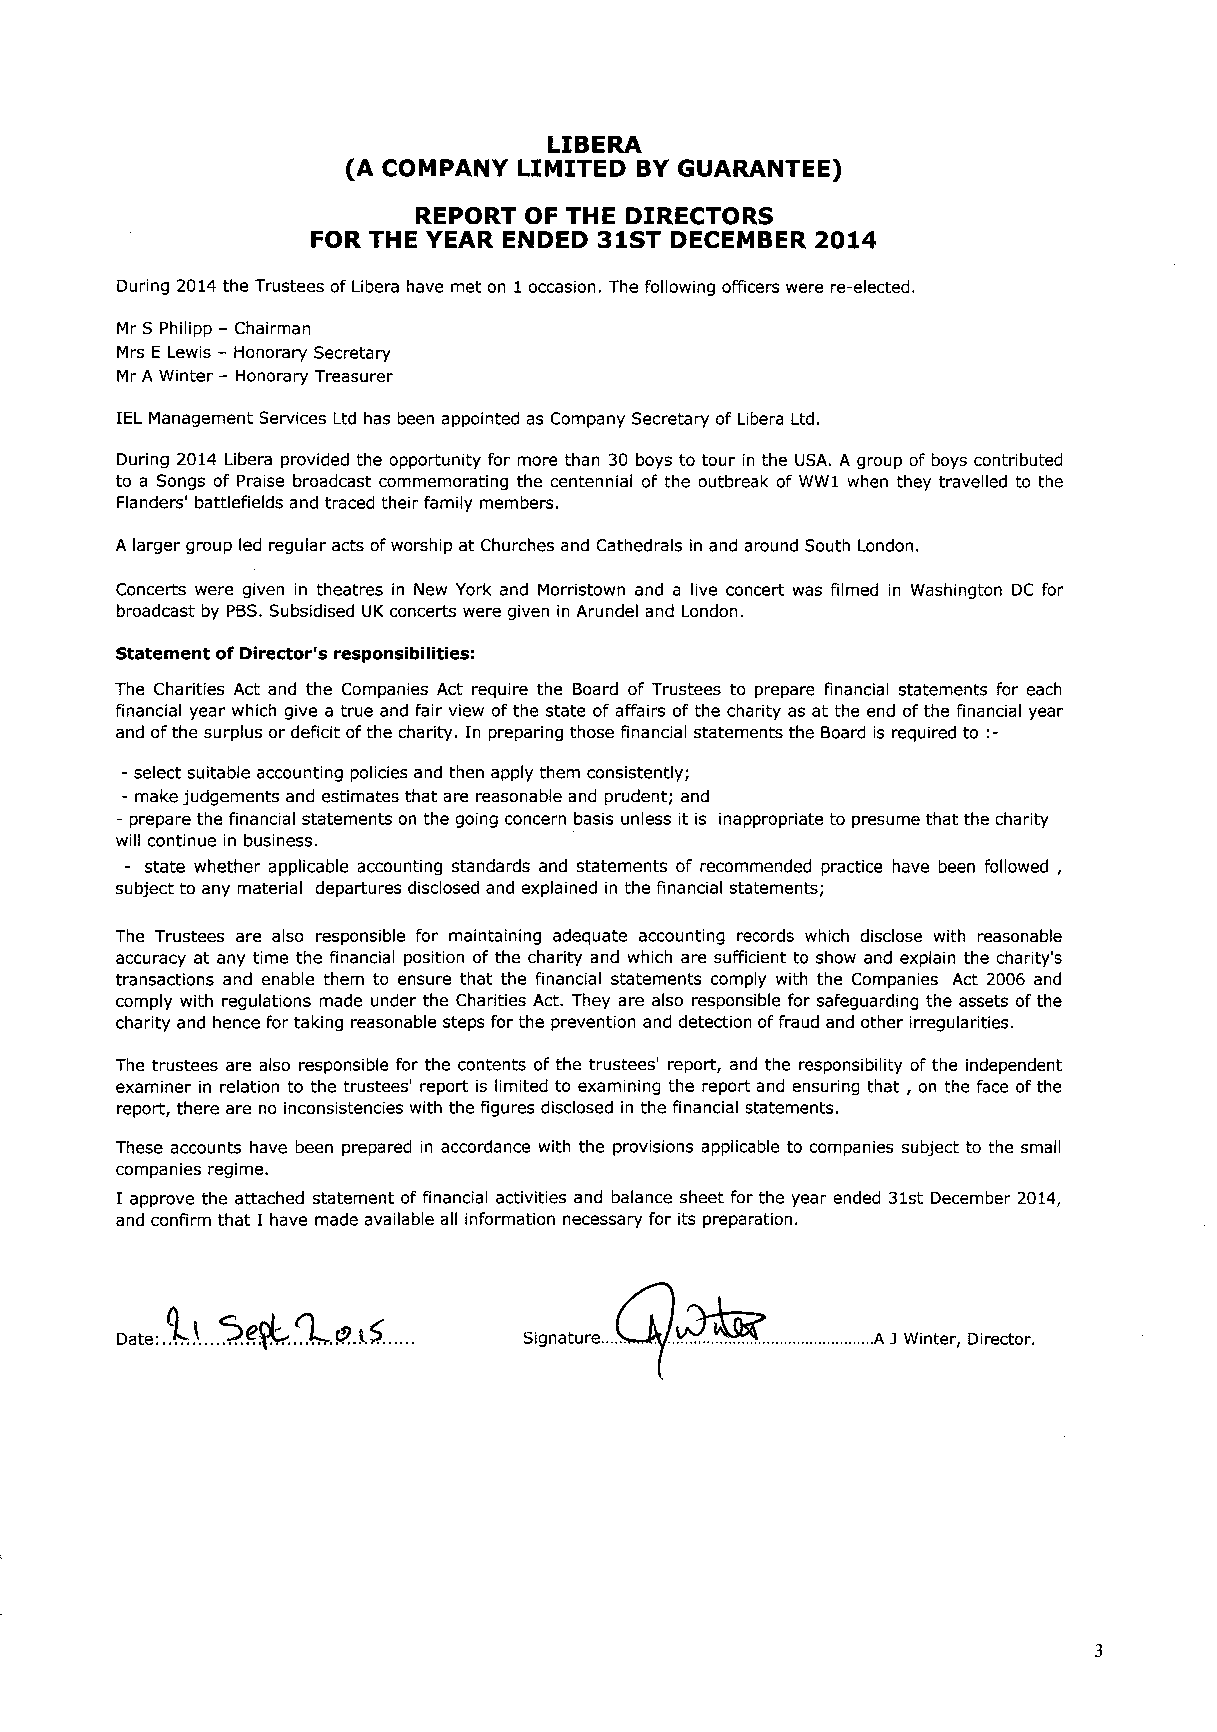
LIBERA
 (A COMPANY LIMITED BYGUARANTEE)
 REPORT OF THE DIRECTORS
 FOR THE YEAR ENDED 31STDECEMBER  2014
 During 2014the Trustees ofLibera have met on 1occasion. The following officers were re-elected.
 Mr S Philipp —Chairman
 Mrs E Lewis —Honorary Secretary
 Mr A Winter —Honorary Treasurer
 IEL Management Services Ltd has been appointed as Company Secretary of Libera Ltd.
 During 2014 Libera provided the opportunity for more than 30 boys to tour in the USA. A group of boys contributed
 to a Songs of Praise broadcast commemorating the centennial of the outbreak of WW1 when they travelled to the
 Flanders' battlefields and traced their family members.
 A larger group led regular acts ofworship at Churches and Cathedrals in and around South London.
 Concerts were given in theatres in New York and Morristown and a live conce* was filmed in Washington DC for
 broadcast by PBS.Subsidised UK concerts were given in Arundel and London.
 Statement of Director's responsibilities:
 The Charities Act and the Companies Act require the Board of Trustees to prepare financial statements for each
 financial year which give a true and fair view ofthe state of affairs of the charity as at the end ofthe financial year
 to:-
 and ofthe surplus or deficit ofthe charity. In preparing those financial statements the Board is required
 —select suitable accounting policies and then apply them consistently;
 - make judgements and estimates that are reasonable and prudent; and
 —prepare the financial statements on the going concern basis unless it is inappropriate to presume that the charity
 will continue in business.
 state whether applicable accounting standards and statements of recommended practice have been followed,
 subject to any material departures disclosed and explained in the financial statements;
 The Trustees are also responsible for maintaining adequate accounting records which disclose with reasonable
 accuracy at any time the financial position of the charity and which are sufficient to show and explain the charity's
 transactions and enable them to ensure that the financial statements comply with the Companies Act 2006 and
 comply with regulations made under the Charities Act. They are also responsible for safeguarding the assets of the
 charity and hence for taking reasonable steps for the prevention and detection offraud and other irregularities.
 The trustees are also responsible for the contents of the trustees' repo*, and the responsibility of the independent
 examiner in relation to the trustees' report is limited to examining the report and ensuring that, on the face ofthe
 report, there are no inconsistencies with the figures disclosed in the financial statements.
 These accounts have been prepared in accordance with the provisions applicable to companies subject to the small
 companies regime.
 I approve the attached statement of financial activities and balance sheet for the year ended 31st December 2014,
 and confirm that I have made available all information necessary for its preparation.
 Signature              A J Winter Director